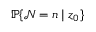
\mathbb { P } \{ \mathcal { N } = n \mid z _ { 0 } \}